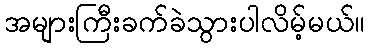
အများကြီးခက်ခဲသွားပါလိမ့်မယ်။